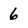
Character: 6